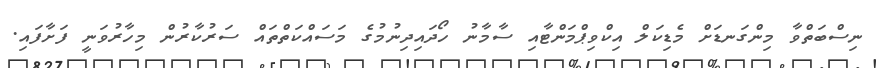
ނިސްބަތްވާ މިންގަނޑަށް މެޑިކަލް އިކްވިޕްމަންޓާއި ސާމާނު ހޯދައިދިނުމުގެ މަސައްކަތްތައް ސަރުކާރުން މިހާރުވަނީ ފަށާފައި.